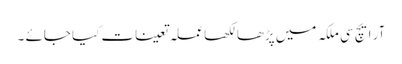
آر ایچ سی ملکہ میں پڑھا لکھا عملہ تعینات کیا جائے ۔